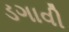
ડગાવી